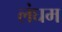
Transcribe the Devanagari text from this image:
लंघम